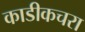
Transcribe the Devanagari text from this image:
काडीकचरा